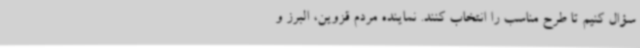
سؤال کنیم تا طرح مناسب را انتخاب کنند. نماینده مردم قزوین، البرز و